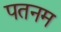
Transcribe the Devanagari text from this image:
पतनम